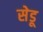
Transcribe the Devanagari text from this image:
सेडू